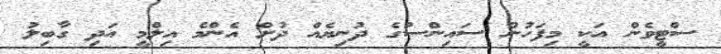
ސްޓީވެން އަކީ މިފަހުން ސައިންސުގެ ދުނިޔެއް ދުށް އެންމެ އިލްމީ އަދި ގާބިލު